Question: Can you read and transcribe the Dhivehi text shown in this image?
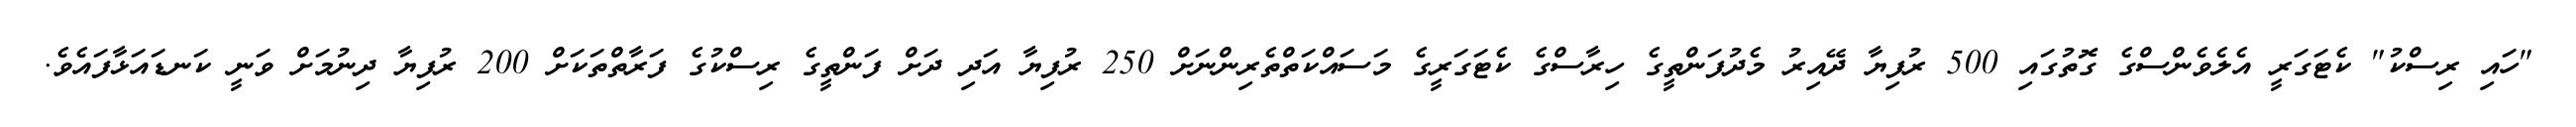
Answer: "ހައި ރިސްކު" ކެޓަގަރީ އެލެވެންސްގެ ގޮތުގައި 500 ރުފިޔާ ދޭއިރު މެދުފަންތީގެ ހިރާސްގެ ކެޓަގަރީގެ މަސައްކަތްތެރިންނަށް 250 ރުފިޔާ އަދި ދަށް ފަންތީގެ ރިސްކުގެ ފަރާތްތަކަށް 200 ރުފިޔާ ދިނުމަށް ވަނީ ކަނޑައަޅާފައެވެ.